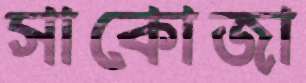
সাকোজা